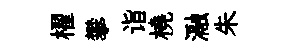
櫂攀诣橈瀜朱